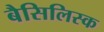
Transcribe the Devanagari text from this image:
बैसिलिस्क